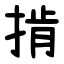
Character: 掯